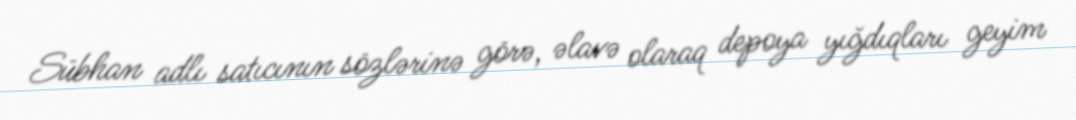
Sübhan adlı satıcının sözlərinə görə, əlavə olaraq depoya yığdıqları geyim